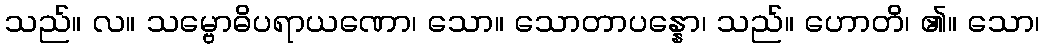
သည်။ လ။ သမ္ဗောဓိပရာယဏော၊ သော။ သောတာပန္နော၊ သည်။ ဟောတိ၊ ၏။ သော၊